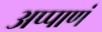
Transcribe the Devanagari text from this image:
अप्पाणं